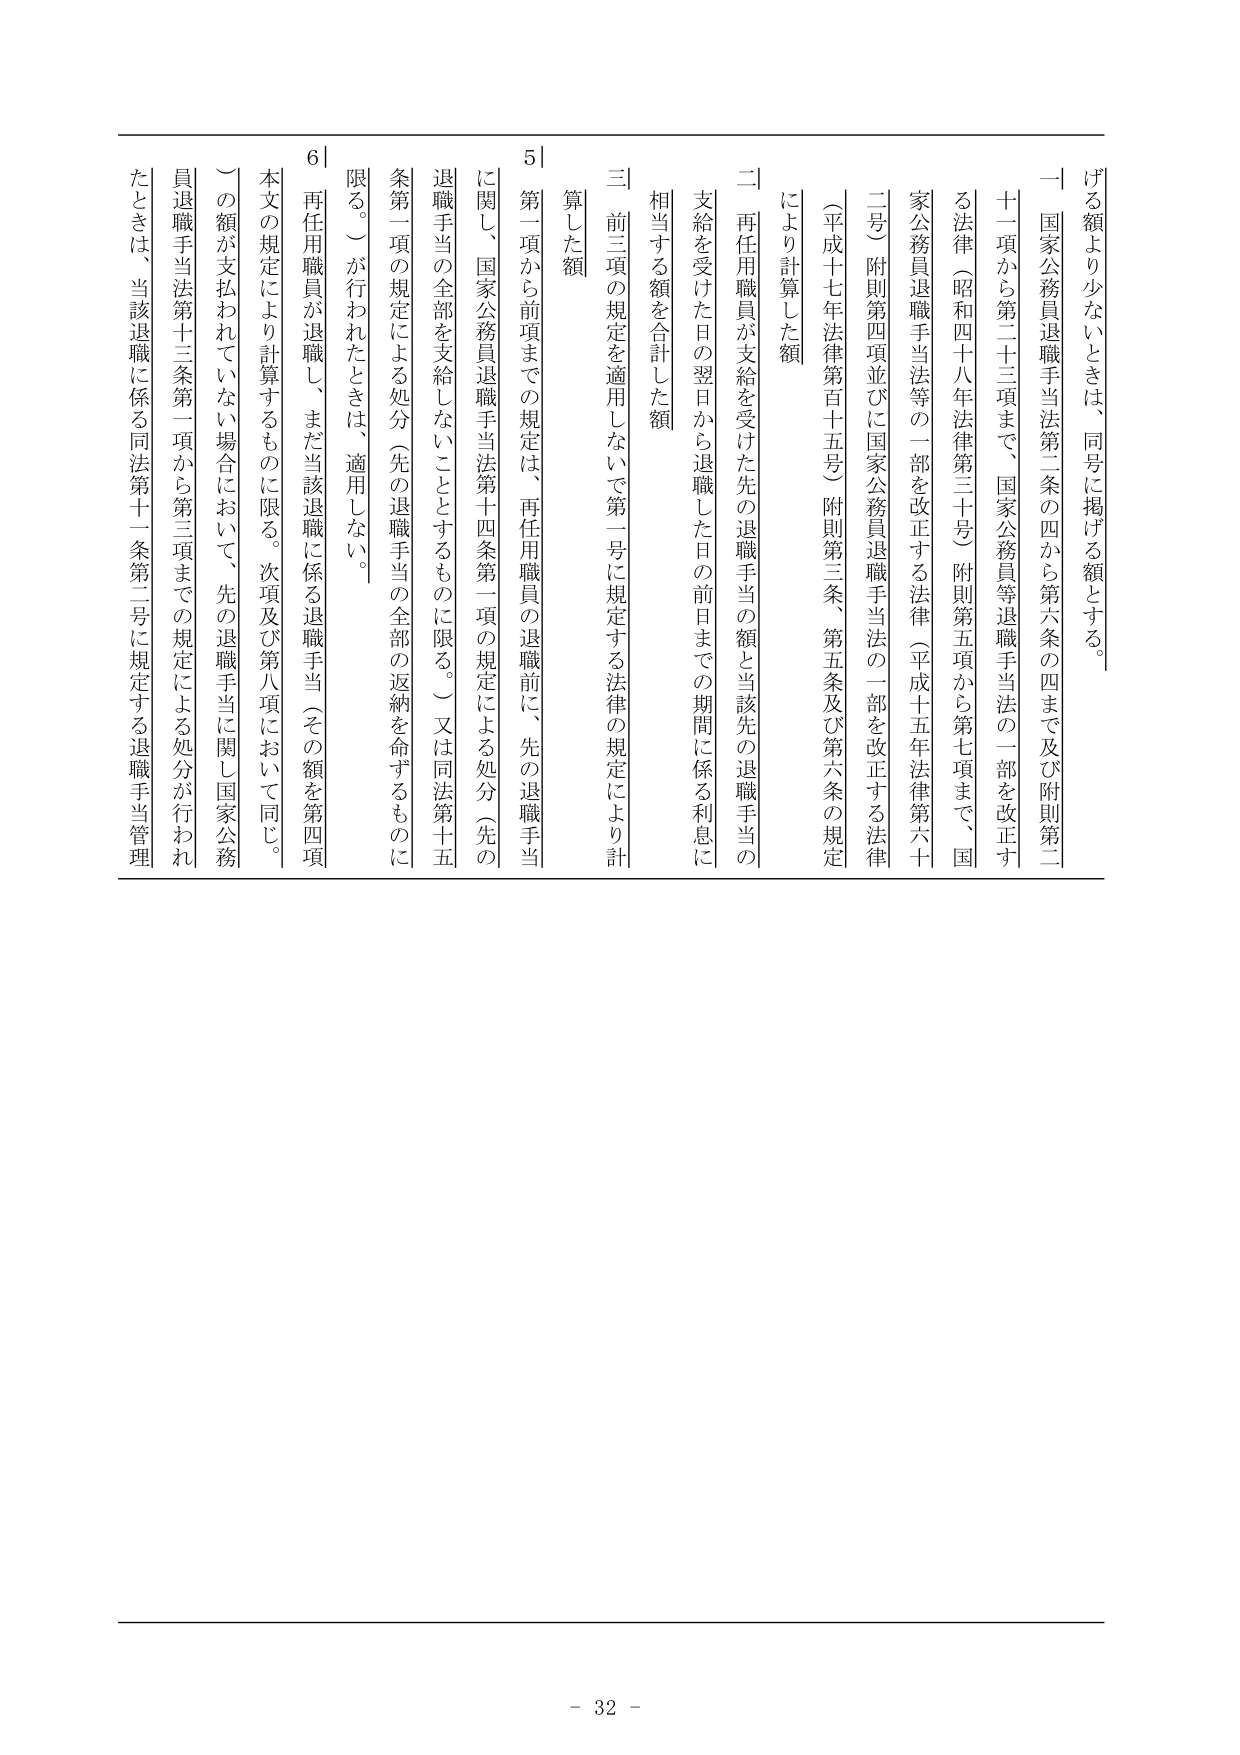
げる額より少ないときは、同号に掲げる額とする。
一 国家公務員退職手当法第二条の四から第六条の四まで及び附則第二
十一項から第二十三項まで、国家公務員等退職手当法の一部を改正す
る法律（昭和四十八年法律第三十号）附則第五項から第七項まで、国
家公務員退職手当法等の一部を改正する法律（平成十五年法律第六十
二号）附則第四項並びに国家公務員退職手当法の一部を改正する法律
（平成十七年法律第百十五号）附則第三条、第五条及び第六条の規定
により計算した額
二 再任用職員が支給を受けた先の退職手当の額と当該先の退職手当の
支給を受けた日の翌日から退職した日の前日までの期間に係る利息に
相当する額を合計した額
三 前三項の規定を適用しないで第一号に規定する法律の規定により計
算した額
5｜
第一項から前項までの規定は、再任用職員の退職前に、先の退職手当
に関して、国家公務員退職手当法第十四条第一項の規定による処分（先の
退職手当の全部を支給しないこととするものに限る。）又は同法第十五
条第一項の規定による処分（先の退職手当の全部の返納を命ずるものに
限る。）が行われたときは、適用しない。
6｜
再任用職員が退職し、まだ当該退職に係る退職手当（その額を第四項
本文の規定により計算するものに限る。次項及び第八項において同じ。
）の額が支払われていない場合において、先の退職手当に関し国家公務
員退職手当法第十三条第一項から第三項までの規定による処分が行われ
たときは、当該退職に係る同法第十二条第二号に規定する退職手当管理
- 32 -